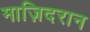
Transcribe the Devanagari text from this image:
माज़िदरान